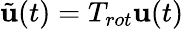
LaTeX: \tilde{\mathbf{u}}(t)=T_{rot}\mathbf{u}(t)